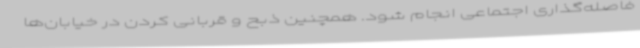
فاصله‌گذاری اجتماعی انجام شود. همچنین ذبح و قربانی کردن در خیابان‌ها